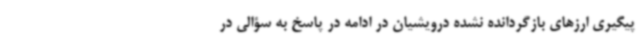
پیگیری ارزهای بازگردانده نشده درویشیان در ادامه در پاسخ به سؤالی در